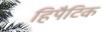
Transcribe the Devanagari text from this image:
हिपैटिक